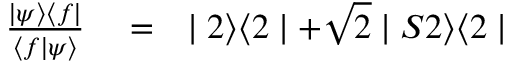
\begin{array} { r l r } { \frac { \mid \psi \rangle \langle f \mid } { \langle f \mid \psi \rangle } } & { { } = } & { \mid 2 \rangle \langle 2 \mid + \sqrt { 2 } \mid S 2 \rangle \langle 2 \mid } \end{array}